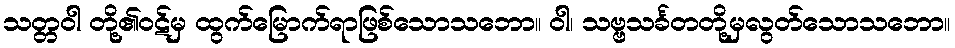
သတ္တဝါ တို့၏ဝဋ်မှ ထွက်မြောက်ရာဖြစ်သောသဘော။ ဝါ၊ သဗ္ဗသင်္ခတတို့မှလွတ်သောသဘော။